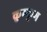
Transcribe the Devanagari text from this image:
कुम्कुम